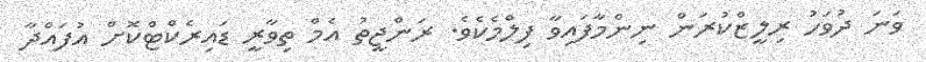
ވަނަ ދުވަހު ރިލީޒްކުރަން ނިންމާފައިވާ ފިލްމެކެވެ. ރަންޖީތު އެމް ތިވާރީ ޑައިރެކްޓްކޮށް އުފައްދާ